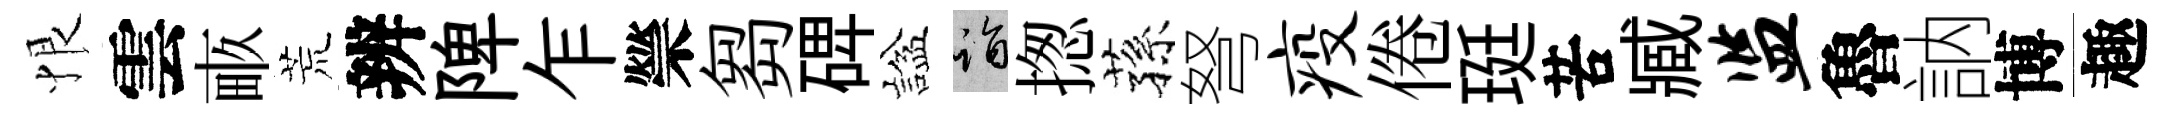
恨雲畞荒辨陴乍禜芻𥓓諡诣揔蓀弩疫倦珽苦臧监魯訥博趣